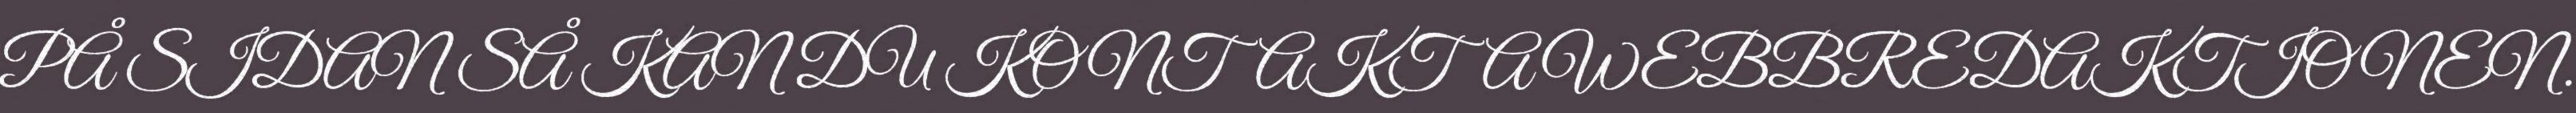
PÅ SIDAN SÅ KAN DU KONTAKTA WEBBREDAKTIONEN.